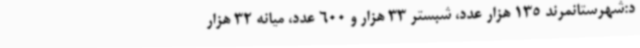
د:شهرستانمرند 135 هزار عدد، شبستر 33 هزار و 600 عدد، میانه 32 هزار